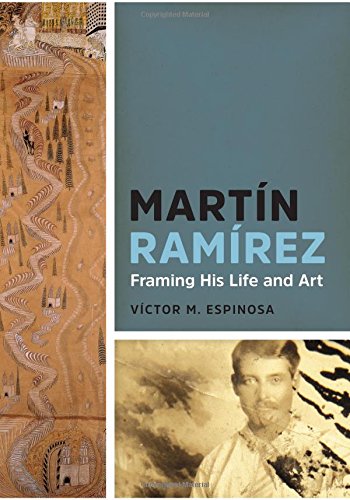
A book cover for MartÃ­n RamÃ­rez: Framing His Life and Art; VÃ­ctor M. Espinosa; Biographies & Memoirs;